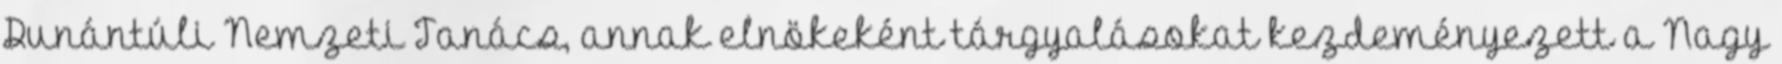
Dunántúli Nemzeti Tanács, annak elnökeként tárgyalásokat kezdeményezett a Nagy